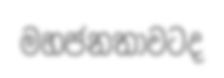
මහජනතාවටද